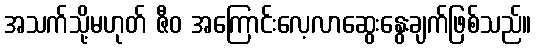
အသက်သို့မဟုတ် ဇီဝ အကြောင်းလေ့လာဆွေးနွေးချက်ဖြစ်သည်။